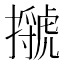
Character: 𢸗